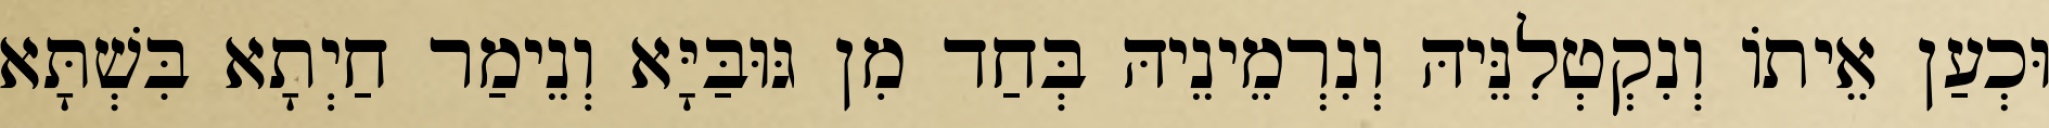
וּכְעַן אֵיתוֹ וְנִקְטְלִנֵּיהּ וְנִרְמֵינֵיהּ בְּחַד מִן גּוּבַּיָּא וְנֵימַר חַיְתָא בִּשְׁתָּא